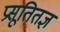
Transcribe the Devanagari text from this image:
प्रसूतितज्ञ